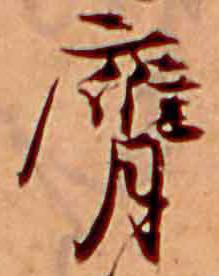
膺